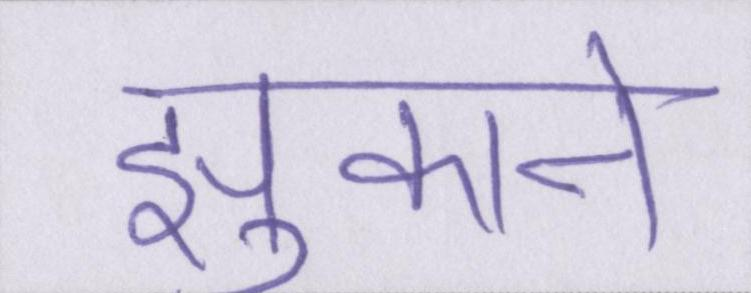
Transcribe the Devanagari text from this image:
झुकाने